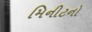
મિનીટનો